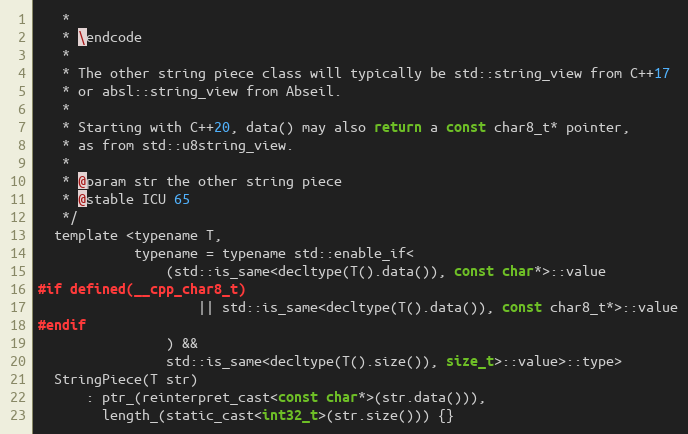
Language: C
   *
   * \endcode
   *
   * The other string piece class will typically be std::string_view from C++17
   * or absl::string_view from Abseil.
   *
   * Starting with C++20, data() may also return a const char8_t* pointer,
   * as from std::u8string_view.
   *
   * @param str the other string piece
   * @stable ICU 65
   */
  template <typename T,
            typename = typename std::enable_if<
                (std::is_same<decltype(T().data()), const char*>::value
#if defined(__cpp_char8_t)
                    || std::is_same<decltype(T().data()), const char8_t*>::value
#endif
                ) &&
                std::is_same<decltype(T().size()), size_t>::value>::type>
  StringPiece(T str)
      : ptr_(reinterpret_cast<const char*>(str.data())),
        length_(static_cast<int32_t>(str.size())) {}